Vaccination report Assam 1896-1927 - 1896-1927
Year: 1896
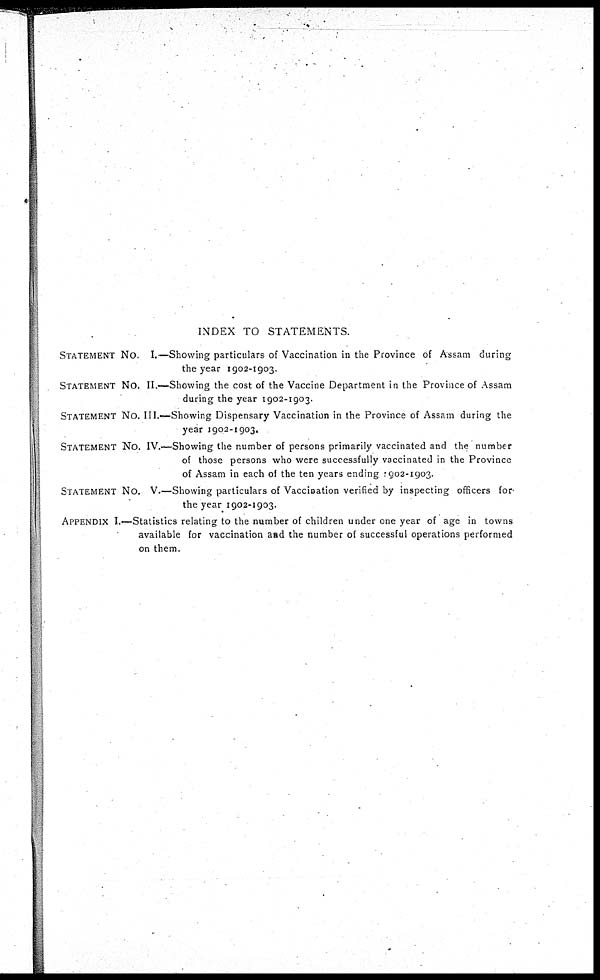
INDEX TO STATEMENTS.
STATEMENT NO.
I.—Showing particulars of Vaccination in the Province of Assam during
the year 1902-1903.
STATEMENT NO. II.—Showing the cost of the Vaccine Department in the Province of Assam
during the year 1902-1903.
STATEMENT NO. III.—Showing Dispensary Vaccination in the Province of Assam during the
year 1902-1903.
STATEMENT NO. IV.—Showing the number of persons primarily vaccinated and the number
of those persons who were successfully vaccinated in the Province
of Assam in each of the ten years ending 1902-1903.
STATEMENT NO. V.—Showing particulars of Vaccination verified by inspecting officers for
the year 1902-1903.
APPENDIX I.—Statistics relating to the number of children under one year of age in towns
available for vaccination and the number of successful operations performed
on them.